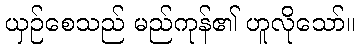
ယှဉ်စေသည် မည်ကုန်၏ ဟူလိုသော်။